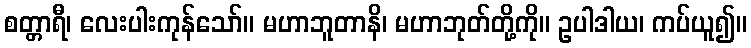
စတ္တာရီ၊ လေးပါးကုန်သော်။ မဟာဘူတာနိ၊ မဟာဘုတ်တို့ကို။ ဥပါဒါယ၊ ကပ်ယူ၍။